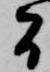
間